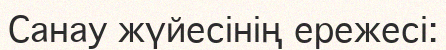
Санау жүйесінің ережесі: